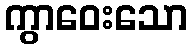
ကွာဝေးသော